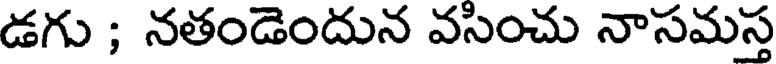
డగు ; నతండెందున వసించు నాసమస్త